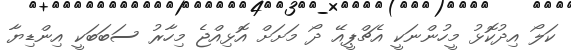
ކަލޯ އިދުކޮޅު މީހުންނަކީ އެޗްޕީއޭ ދޯ މަށަށް އޮޅިއްޖެ މިހާރު ސަބަބަކީ އިންޑިޔާ